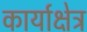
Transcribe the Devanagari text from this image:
कार्याक्षेत्र